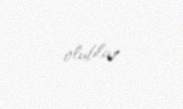
olublar.